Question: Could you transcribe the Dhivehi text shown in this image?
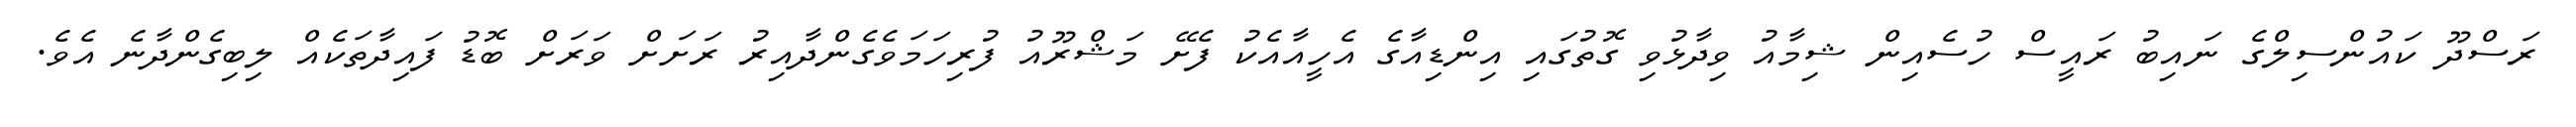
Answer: ރަސްދޫ ކައުންސިލްގެ ނައިބު ރައީސް ހުސެއިން ޝިމާއު ވިދާޅުވި ގޮތުގައި އިންޑިއާގެ އެހީއާއެކު ފެށޭ މަޝްރޫއު ފުރިހަމަވެގެންދާއިރު ރަށަށް ވަރަށް ބޮޑު ފައިދާތަކެއް ލިބިގެންދާނެ އެވެ.